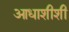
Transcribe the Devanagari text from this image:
आधाशीशी